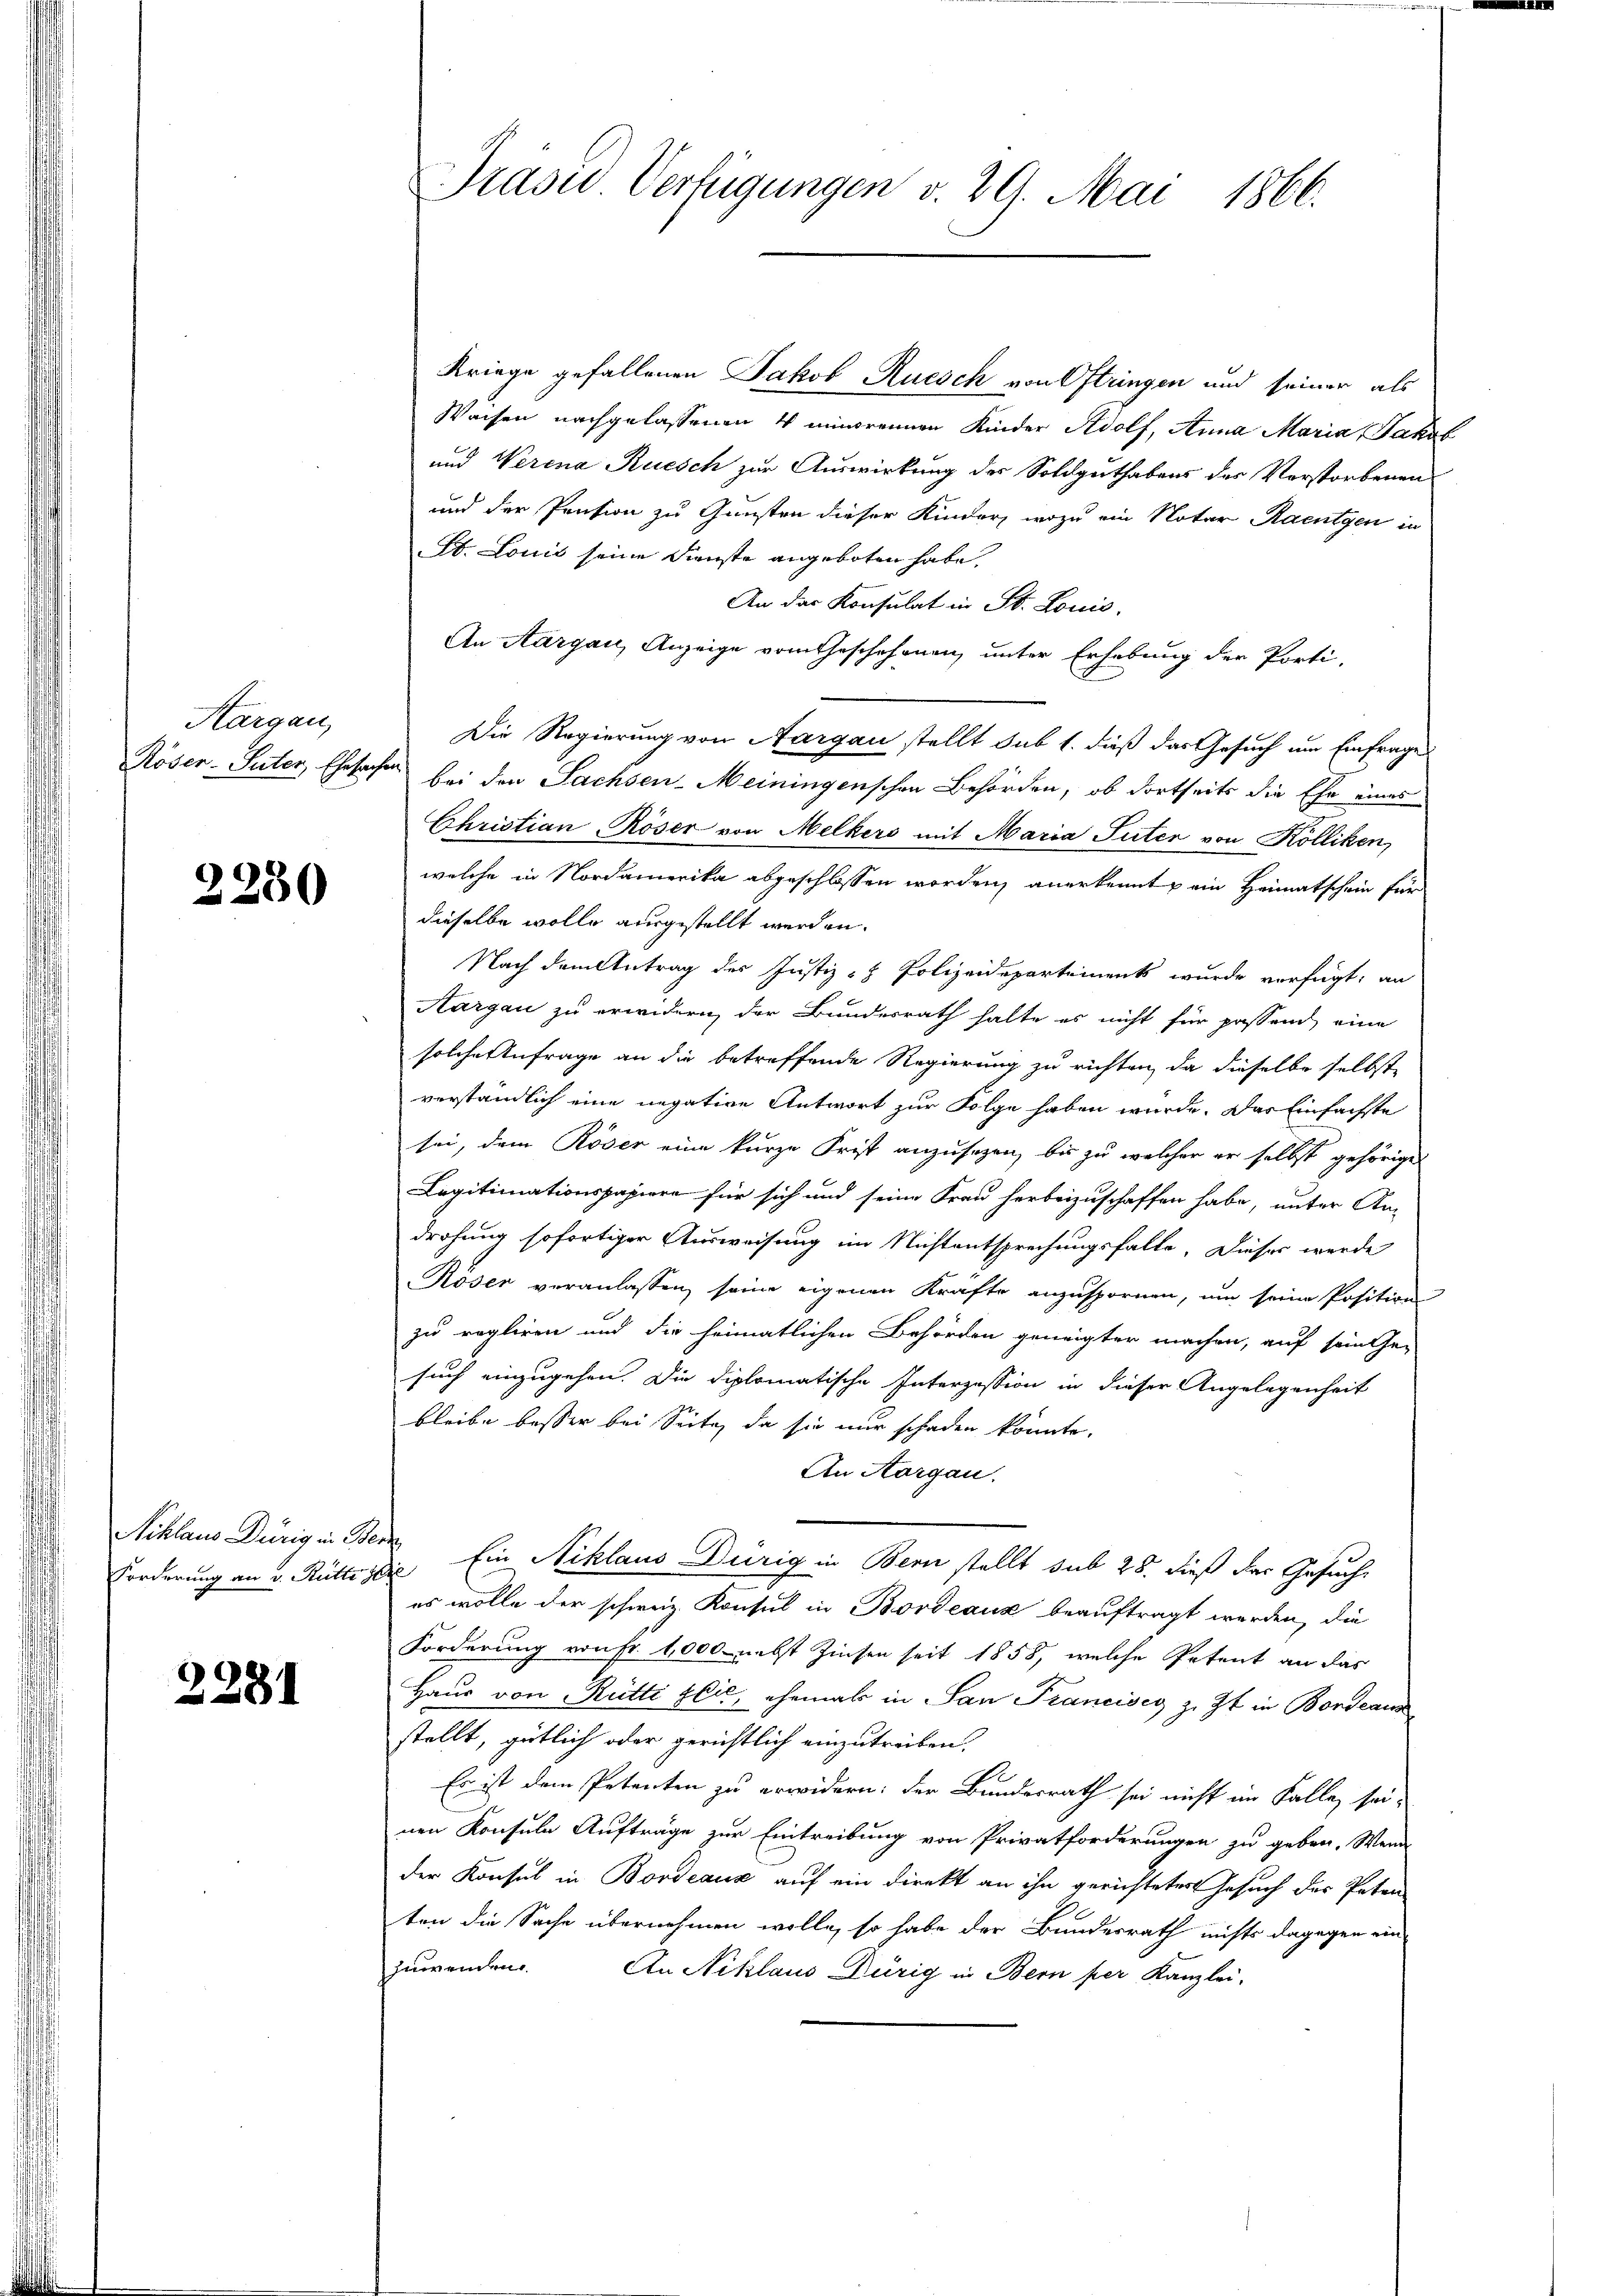
Kargau,

2230

Schlaus Dennig in Ber

2281

Präsu. Verfügungen v. 29. Mai 1866.

Kriege gefallenen Jakob Rüesch von Oftringen und seiner als
Waisen nachgelassenen 4 minorennen Kinder Adolf, Anna Maria Pakal
und Verena Ruesch zur Auswirkung des Soldguthabens des Verstorbenen
und der Pension zu Gunsten dieser Kinder, wozu ein Notar Raentgen in
St. Louis seine Dienste angeboten habe,
An das Konsulat in St. Louis.
An Aargau, Anzeige vom Geschehenen, unter Erhebung der Porti-
Die Regierung von Aargau stellt sub 1. dieß das Gesuch um Einfrage
Röser-Suter, Ehesachen bei den Sachsen-Meiningenschen Behörden, ob dortseits die Ehe eines
Christian Röser von Melkers mit Maria Suter von Kolliken,
welche in Nordamerika abgeschlossen worden, anerkennt, ein Heimatschein für
dieselbe wolle ausgestellt werden.
Nach dem Antrag der Justiz- & Polizeidepartements wurde verfügt, an
Aargau zu erwidern, der Bundesrath halte es nicht für passend, eine
solche Anfrage an die betreffende Regierung zu richten, da dieselbe selbste
verständlich eine negative Antwort zur Folge haben würde. Das Einfachste
sei, dem Röser eine kurze Frist anzusagen, bis zu welcher er selbst gehörigen
Legitimationspapiere für sich und seine Frau herbeizuschaffen habe, unter An-
drohung sofortiger Ausweisung im Nichtentsprechungsfalle, Dieser werde
Röser veranlassen seine eigenen Kräfte anzuspornen, um seine Position
zu regliren und die heimatlichen Behörden geneigter machen, auf sein Ge-
such einzugehen. Die diplomatische Interzession in dieser Angelegenheit
bleibe besser bei Seite, da sie nur schaden könnte.
An Aargau.
Forderung an v. Rüttige Ein Niklaus Dürig in Bern stellt sub 28. dieß das Gesuches wolle der schweiz. Konsul in Bordeaux beauftragt werden, die
Forderung von Fr. 1000 nebst Zinsen seit 1858, welche Petent an das
Haus von Rütti glić, ehemals in San Francisco z. Zt. in Bondeaus
stellt, gütlich oder gerichtlich einzutreiben.
Es ist dem Petenten zu erwidern: der Bundesrath sei nicht im Falle sei-
nen Konsula Aufträge zur Eintreibung von Privatforderungen zu geben. Wend
der Konsul in Bordeaux auf ein direkt an ihn gerichteter Gesuch der Peten
ten die Sache übernehmen wolle, so habe der Bundesrath nichts dagegen ein
zuwenden.
An Niklaus Dürig in Bern per Kanzlei-